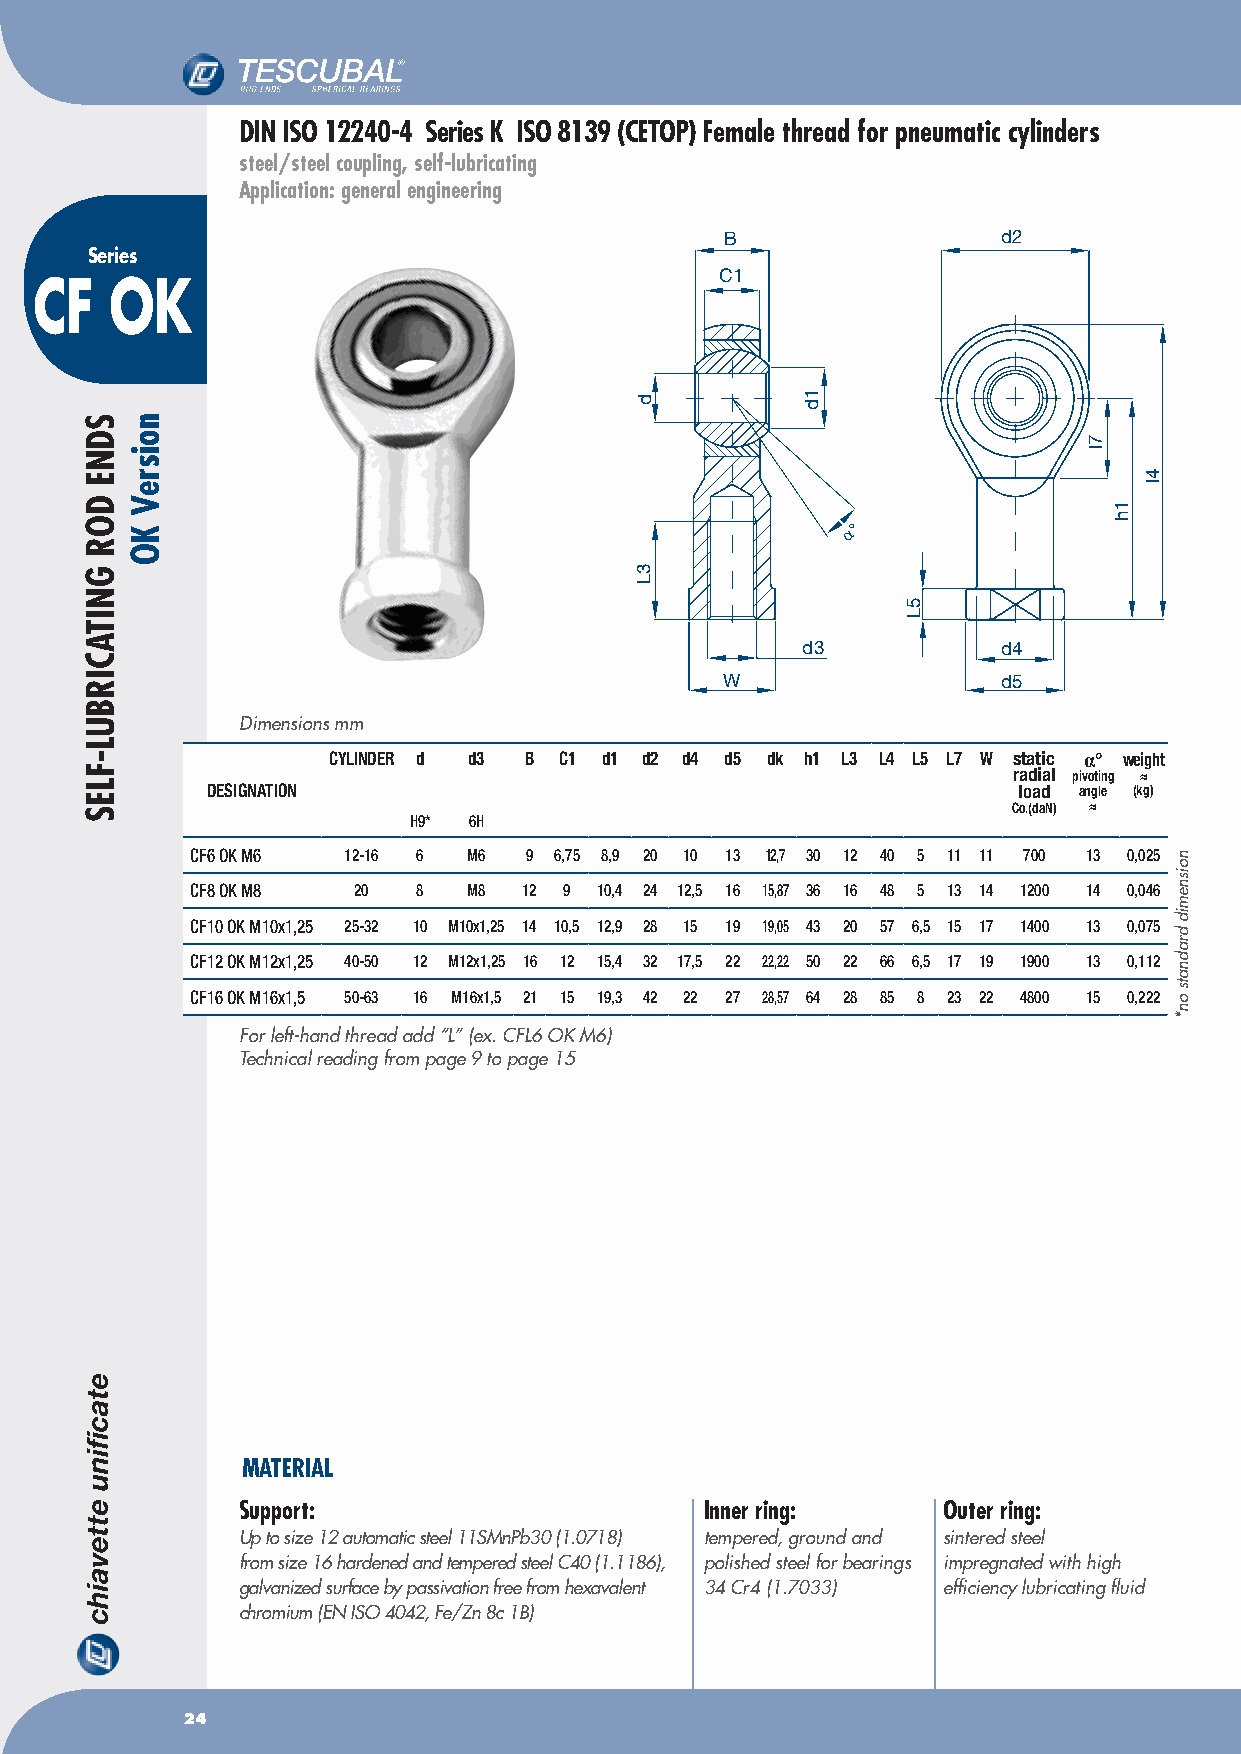
DIN ISO 12240-4 Series K ISO 8139 (CETOP) Female thread for pneumatic cylinders
 steel/steel coupling, self-lubricating
 Application: general engineering
 B                 d2
 Series
 C1
 CF   OK
 α°
 d3           d4
 W                 d5
 Dimensions mm
 CyLINDER d d3 B C1 d1 d2 d4 d5 dk h1 L3 L4 L5 L7 W static α° weight
 radial pivoting ≈
 DESIGNATION                                          load angle (kg)
 Co.(daN) ≈
 H9* 6H
 CF6 OK M6 12-16 6 M6  9 6,75 8,9 20 10 13 12,7 30 12 40 5 11 11 700 13 0,025
 CF8 OK M8 20   8  M8  12 9 10,4 24 12,5 16 15,87 36 16 48 5 13 14 1200 14 0,046
 CF10 OK M10x1,25 25-32 10 M10x1,25 14 10,5 12,9 28 15 19 19,05 43 20 57 6,5 15 17 1400 13 0,075
 CF12 OK M12x1,25 40-50 12 M12x1,25 16 12 15,4 32 17,5 22 22,22 50 22 66 6,5 17 19 1900 13 0,112
 CF16 OK M16x1,5 50-63 16 M16x1,5 21 15 19,3 42 22 27 28,57 64 28 85 8 23 22 4800 15 0,222
 For left-hand thread add “L” (ex. CFL6 OK M6)
 Technical reading from page 9 to page 15
 MATERIAL
 Support:                       Inner ring:    Outer ring:
 Up to size 12 automatic steel 11SMnPb30 (1.0718) tempered, ground and sintered steel
 from size 16 hardened and tempered steel C40 (1.1186), polished steel for bearings impregnated with high
 galvanized surface by passivation free from hexavalent 34 Cr4 (1.7033) efficiency lubricating fluid
 chromium (EN ISO 4042, Fe/Zn 8c 1B)
 24
 SDNE
 DOR
 GNITACIRBUL-FLES
 noisreV
 KO
 d
 3L
 1d
 5L
 7l
 1h
 4l
 noisnemid
 dradnats
 on*